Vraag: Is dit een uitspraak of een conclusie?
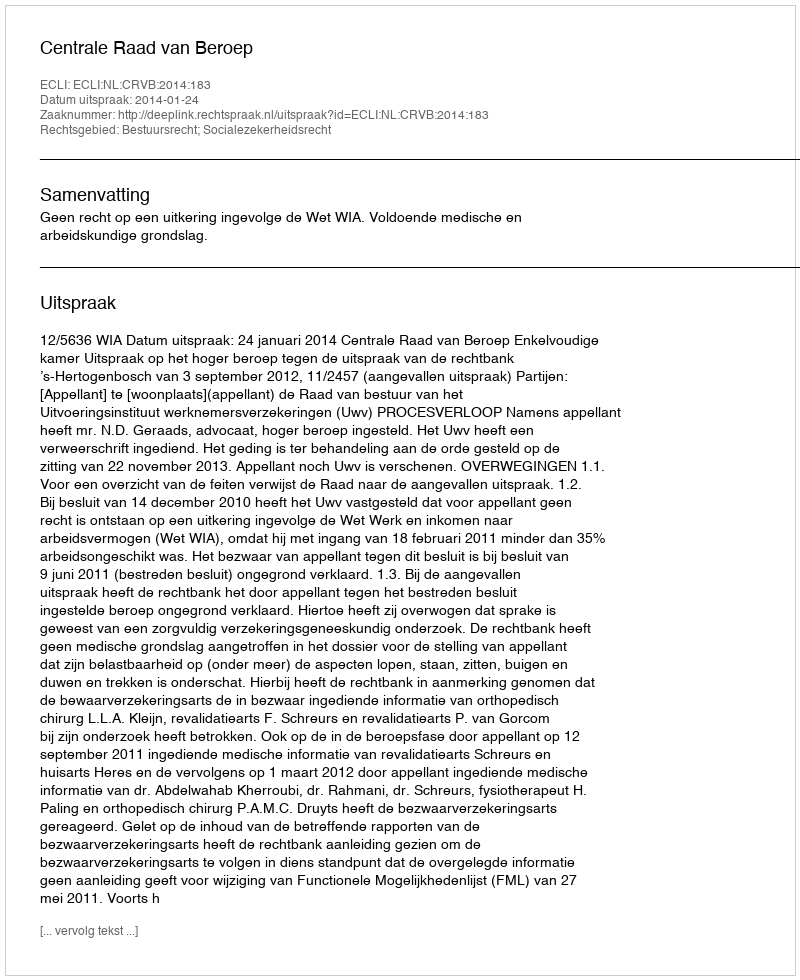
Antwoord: Uitspraak